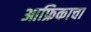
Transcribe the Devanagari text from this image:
आफ्रिकाचा